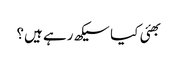
بھئی کیا سیکھ رہے ہیں؟